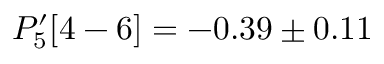
P _ { 5 } ^ { \prime } [ 4 - 6 ] = - 0 . 3 9 \pm 0 . 1 1